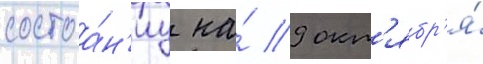
состоа́н'иу на́ 9 окт'ябр'я́